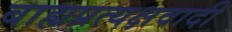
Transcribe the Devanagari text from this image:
बाह्यप्रत्यक्षवादी